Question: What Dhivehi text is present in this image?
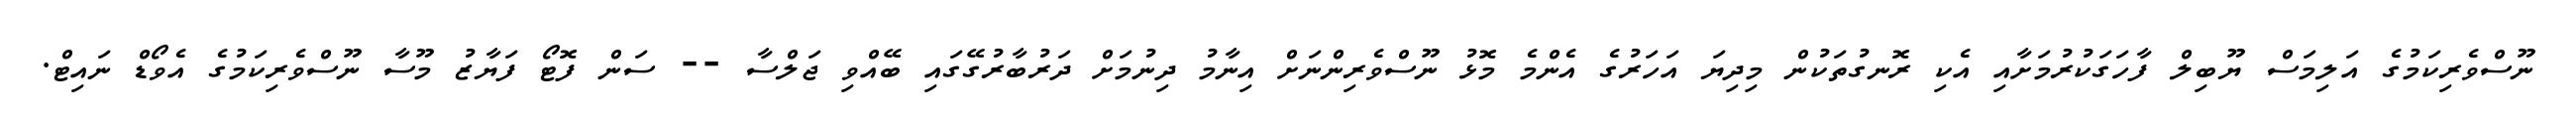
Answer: ނޫސްވެރިކަމުގެ އަލިމަސް ޔޫބިލް ފާހަގަކުރުމަށާއި އެކި ރޮނގުތަކުން މިދިޔަ އަހަރުގެ އެންމެ މޮޅު ނޫސްވެރިންނަށް އިނާމު ދިނުމަށް ދަރުބާރުގޭގައި ބޭއްވި ޖަލްސާ -- ސަން ފޮޓޯ ފަޔާޒު މޫސާ ނޫސްވެރިކަމުގެ އެވޯޑް ނައިޓް.